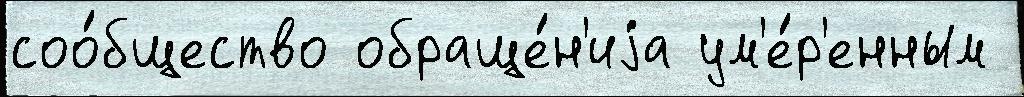
соо́бщество обраще́н'иjа ум'е́р'енным